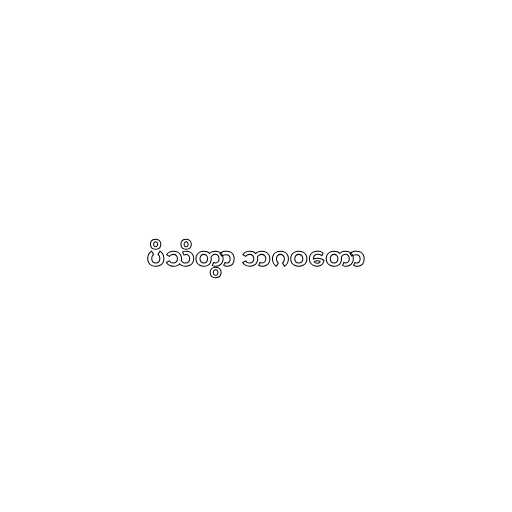
ပိသိတွာ ဘဂဝတော